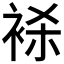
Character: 𬡕